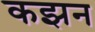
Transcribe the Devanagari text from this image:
कझन